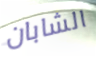
الشابان